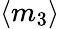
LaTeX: \left<m_{3}\right>